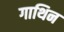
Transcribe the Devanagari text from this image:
गाथिन